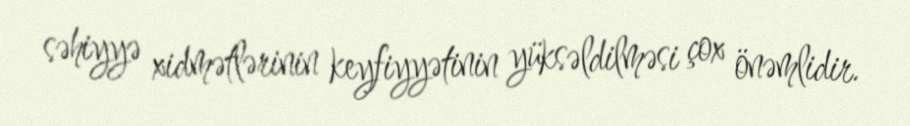
səhiyyə xidmətlərinin keyfiyyətinin yüksəldilməsi çox önəmlidir.